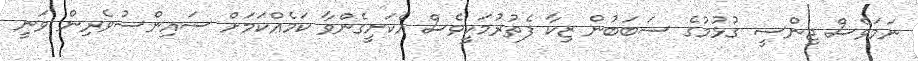
ނަމަވެސް ޖިންސީ ގުޅުމުގެ ސަބަބުން ޒިކާ ފެތުރުމަކީވެސް އެކަށީގެންވާ ކަމެއްކަމަށް ސައިންސުވެރިން ވަނީ